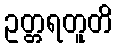
ဥတ္တရတူတိ